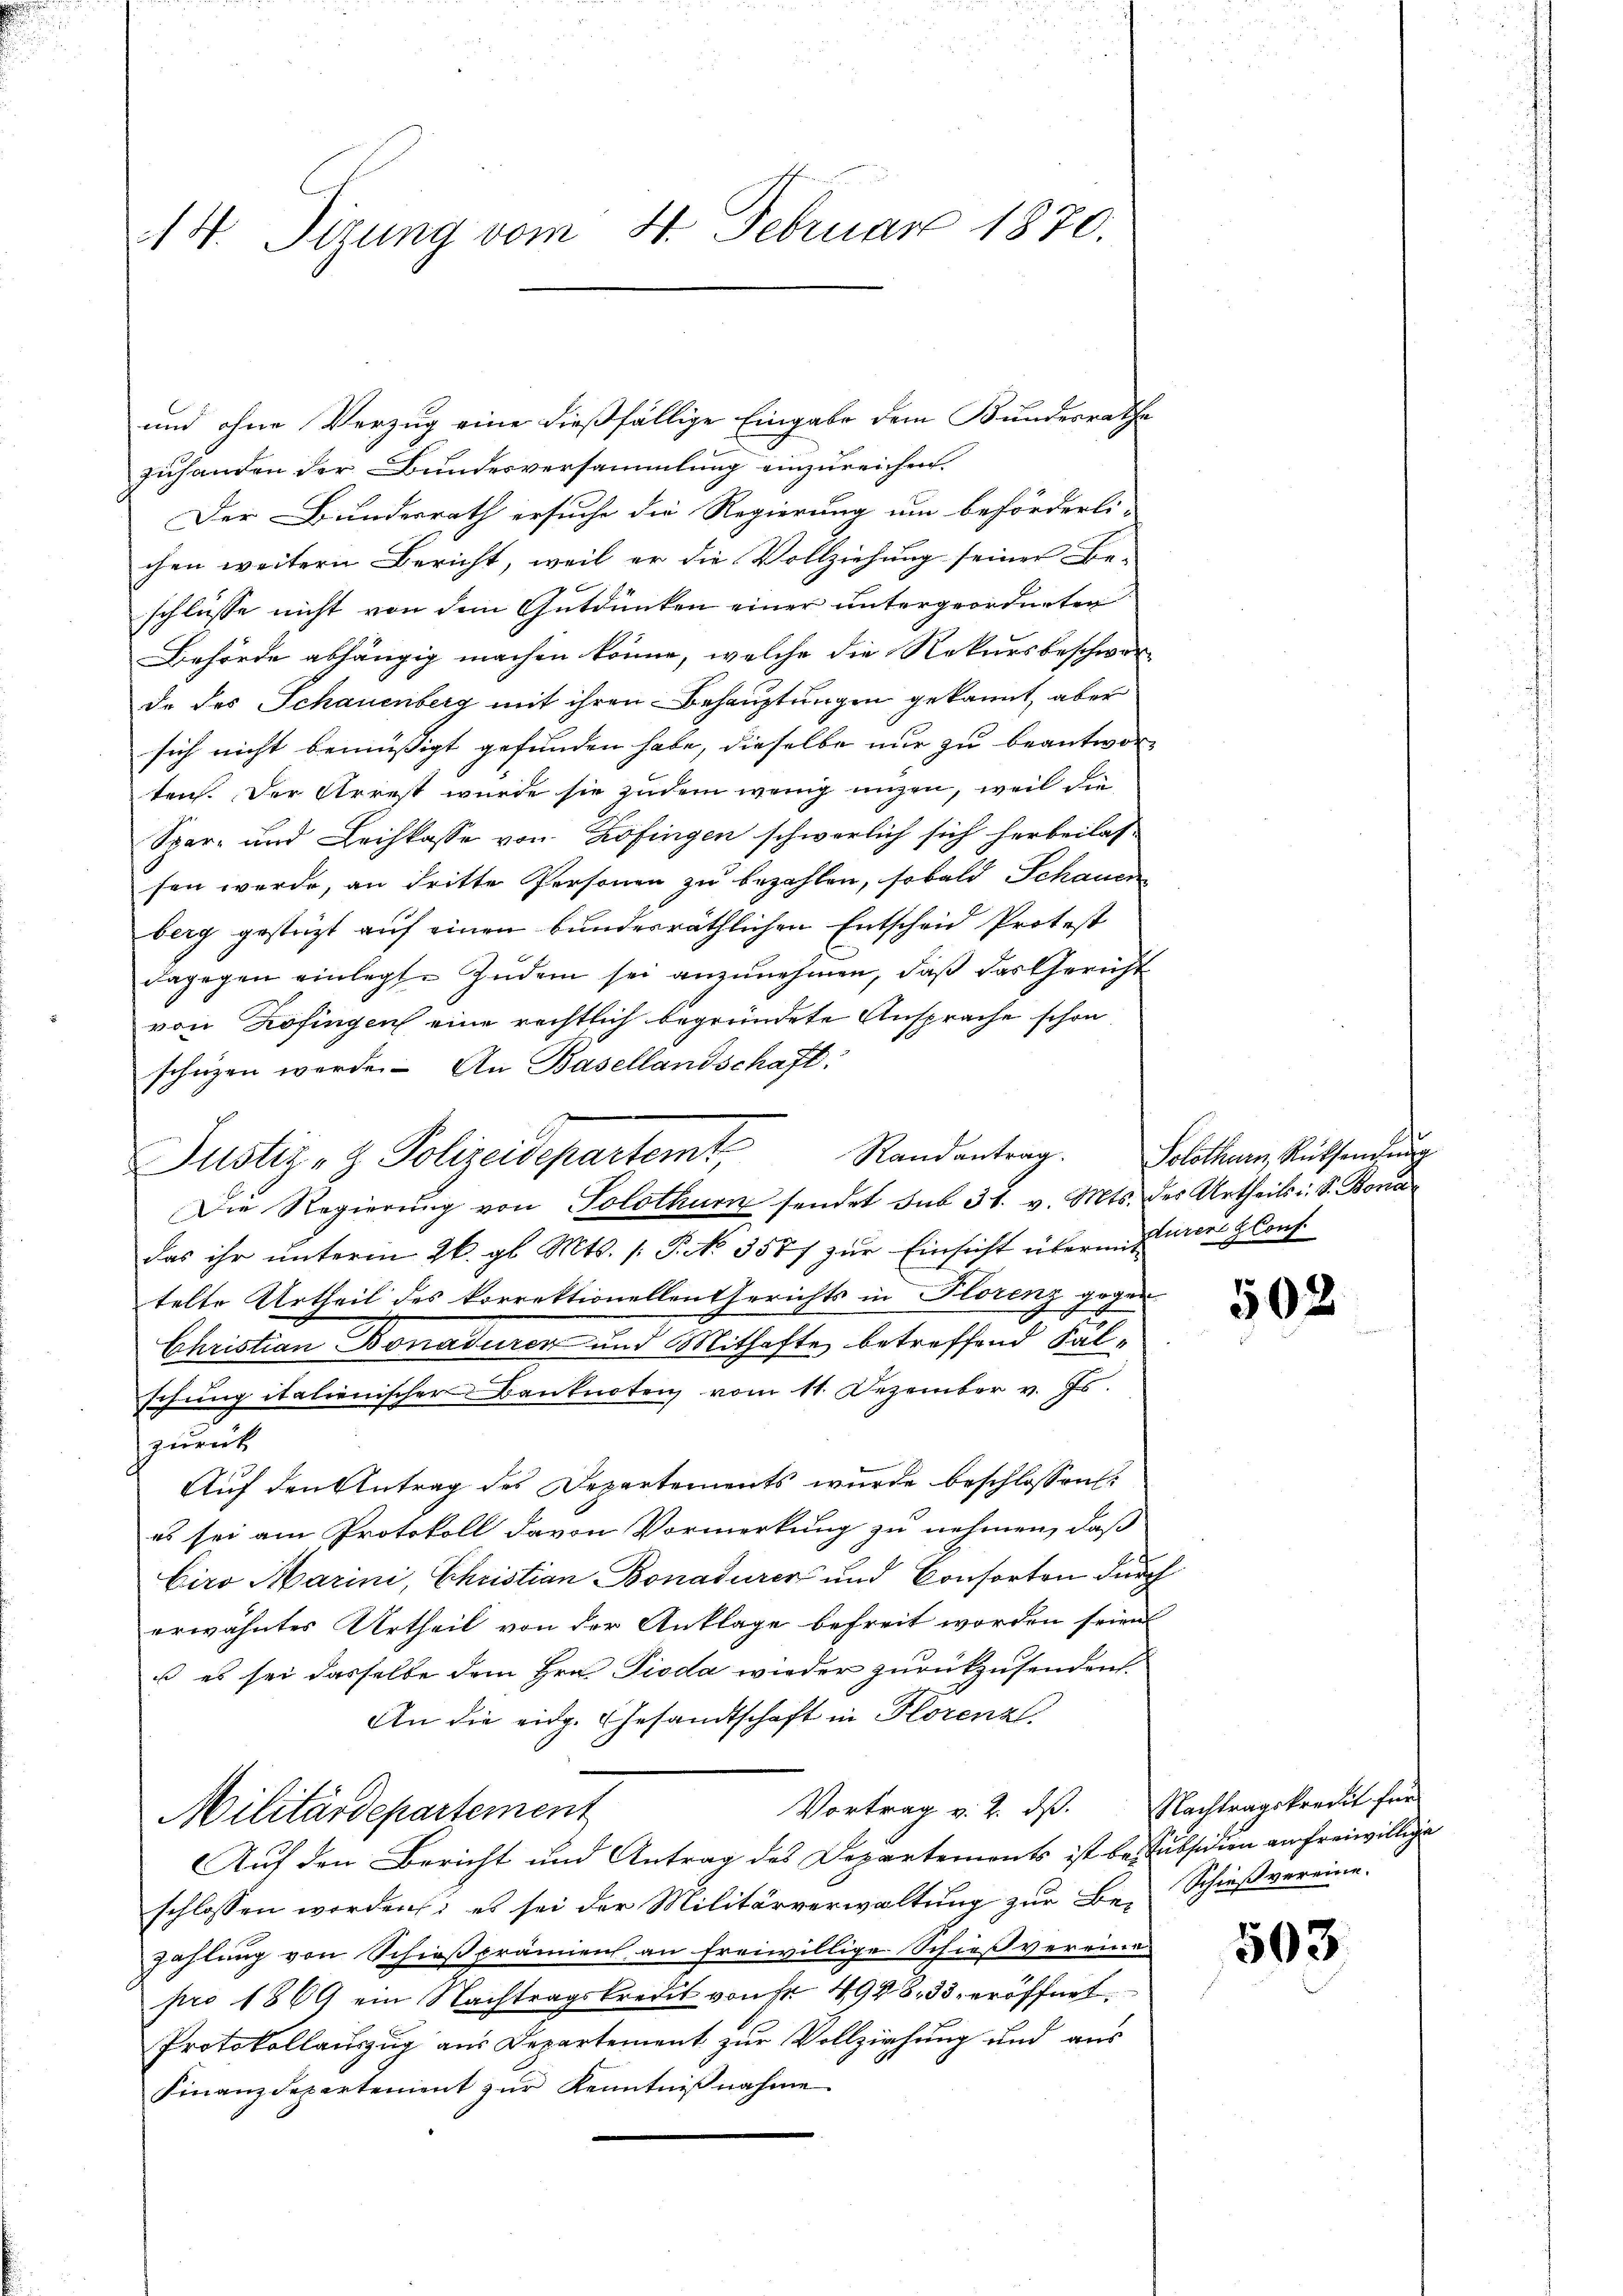
14. Tizung vom 4. Februar 1870.

und ohne Verzug eine dießfällige Eingabe dem Bundesrathe
zuhanden der Bundesversammlung einzureichen.
Der Bundesrath ersuche die Regierung um beförderli-
chen weitern Bericht, weil er die Vollziehung seiner Be-
schlüsse nicht von dem Gutdünken einer untergeordneten
Behörde abhängig machen könne, welche die Rekursbeschwer-
da des Schauenberg mit ihren Behauptungen gekannt, aber
sich nicht bemüßigt gefunden habe, dieselbe nur zu beantworten. Der Arrest wurde sie zudem wenig ungen, weil die
Spar- und Leihkasse von Zofingen schwerlich sich herbeilas-
sen werde, an dritte Personen zu bezahlen, sobald Schauen
berg gestüzt auf einen bundesräthlichen Entscheid Protest
dagegen einlegte Zudem sei anzunehmen, daß das Gericht
von Zofingen eine rechtlich begründete Ansprache schon
schützen werde. An Basellandschaft:
Die Regierŭng von Solothur sendet sub 31. v. Mts. der Urtheils i. S. Bona
das ihr unterm 26. gl. Mts. /: P. No. 3587 zur Einsicht übern Eurer Glouf
telte Urtheil des korrektionellen Gerichts in Florenz gegen
Christian Bonaduren und Mithafte betreffend Fälschung italienischer Banknoten vom 11. Dezember v. Js.
zurück
Auf den Antrag des Departements wurde beschlossen:
es sei am Protokoll davon Vormerkung zu nehmen, daß
Ciro Marini, Christian Bonaturer und Consorten durch
erwähntes Urtheil von der Anklage befreit worden seien
u es sei dasselbe dem Hrn. Pioda wieder zurückzusenden
An die eidg. Gesandtschaft in Horenz.
Vortrag v. 2. dß. Nachtragskredit für
Militärdepartement
Auf den Bericht und Antrag des Departements ist bei subsidien anfreiwillige
schlossen worden; es sei der Militärverwaltung zur Be-Schießvereine.
zahlung von Schießprämien an freiwillige Schießvereine
pro 1869 ein Nachtragskredit von Fr. 4948. 33. eröffnet,
Protokollauszug aus Departement zur Vollziehung und aus
Finanzdepartement zur Kenntnißnahme

Justiz- & Polizeidepartem Randantrag. Solothurn Rüksendung

502

503.